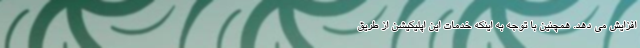
افزایش می دهد. همچنین با توجه به اینکه خدمات این اپلیکیشن از طریق